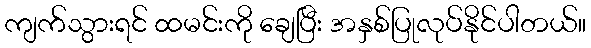
ကျက်သွားရင် ထမင်းကို ချေပြီး အနှစ်ပြုလုပ်နိုင်ပါတယ်။